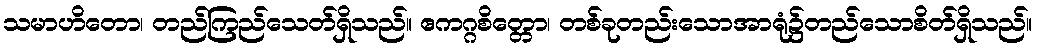
သမာဟိတော၊ တည်ကြည်သေတ်ရှိသည်။ ဧကဂ္ဂစိတ္တော၊ တစ်ခုတည်းသောအာရုံ၌တည်သောစိတ်ရှိသည်။